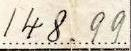
148.99